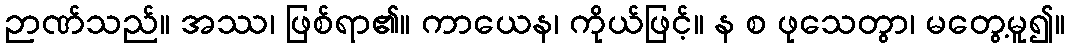
ဉာဏ်သည်။ အဿ၊ ဖြစ်ရာ၏။ ကာယေန၊ ကိုယ်ဖြင့်။ န စ ဖုသေတွာ၊ မတွေ့မူ၍။